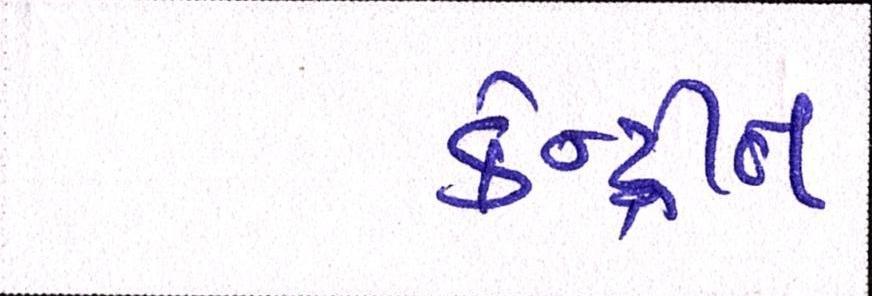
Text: કેન્દ્રીત